Kihnu_vallavalitsus, lk 6
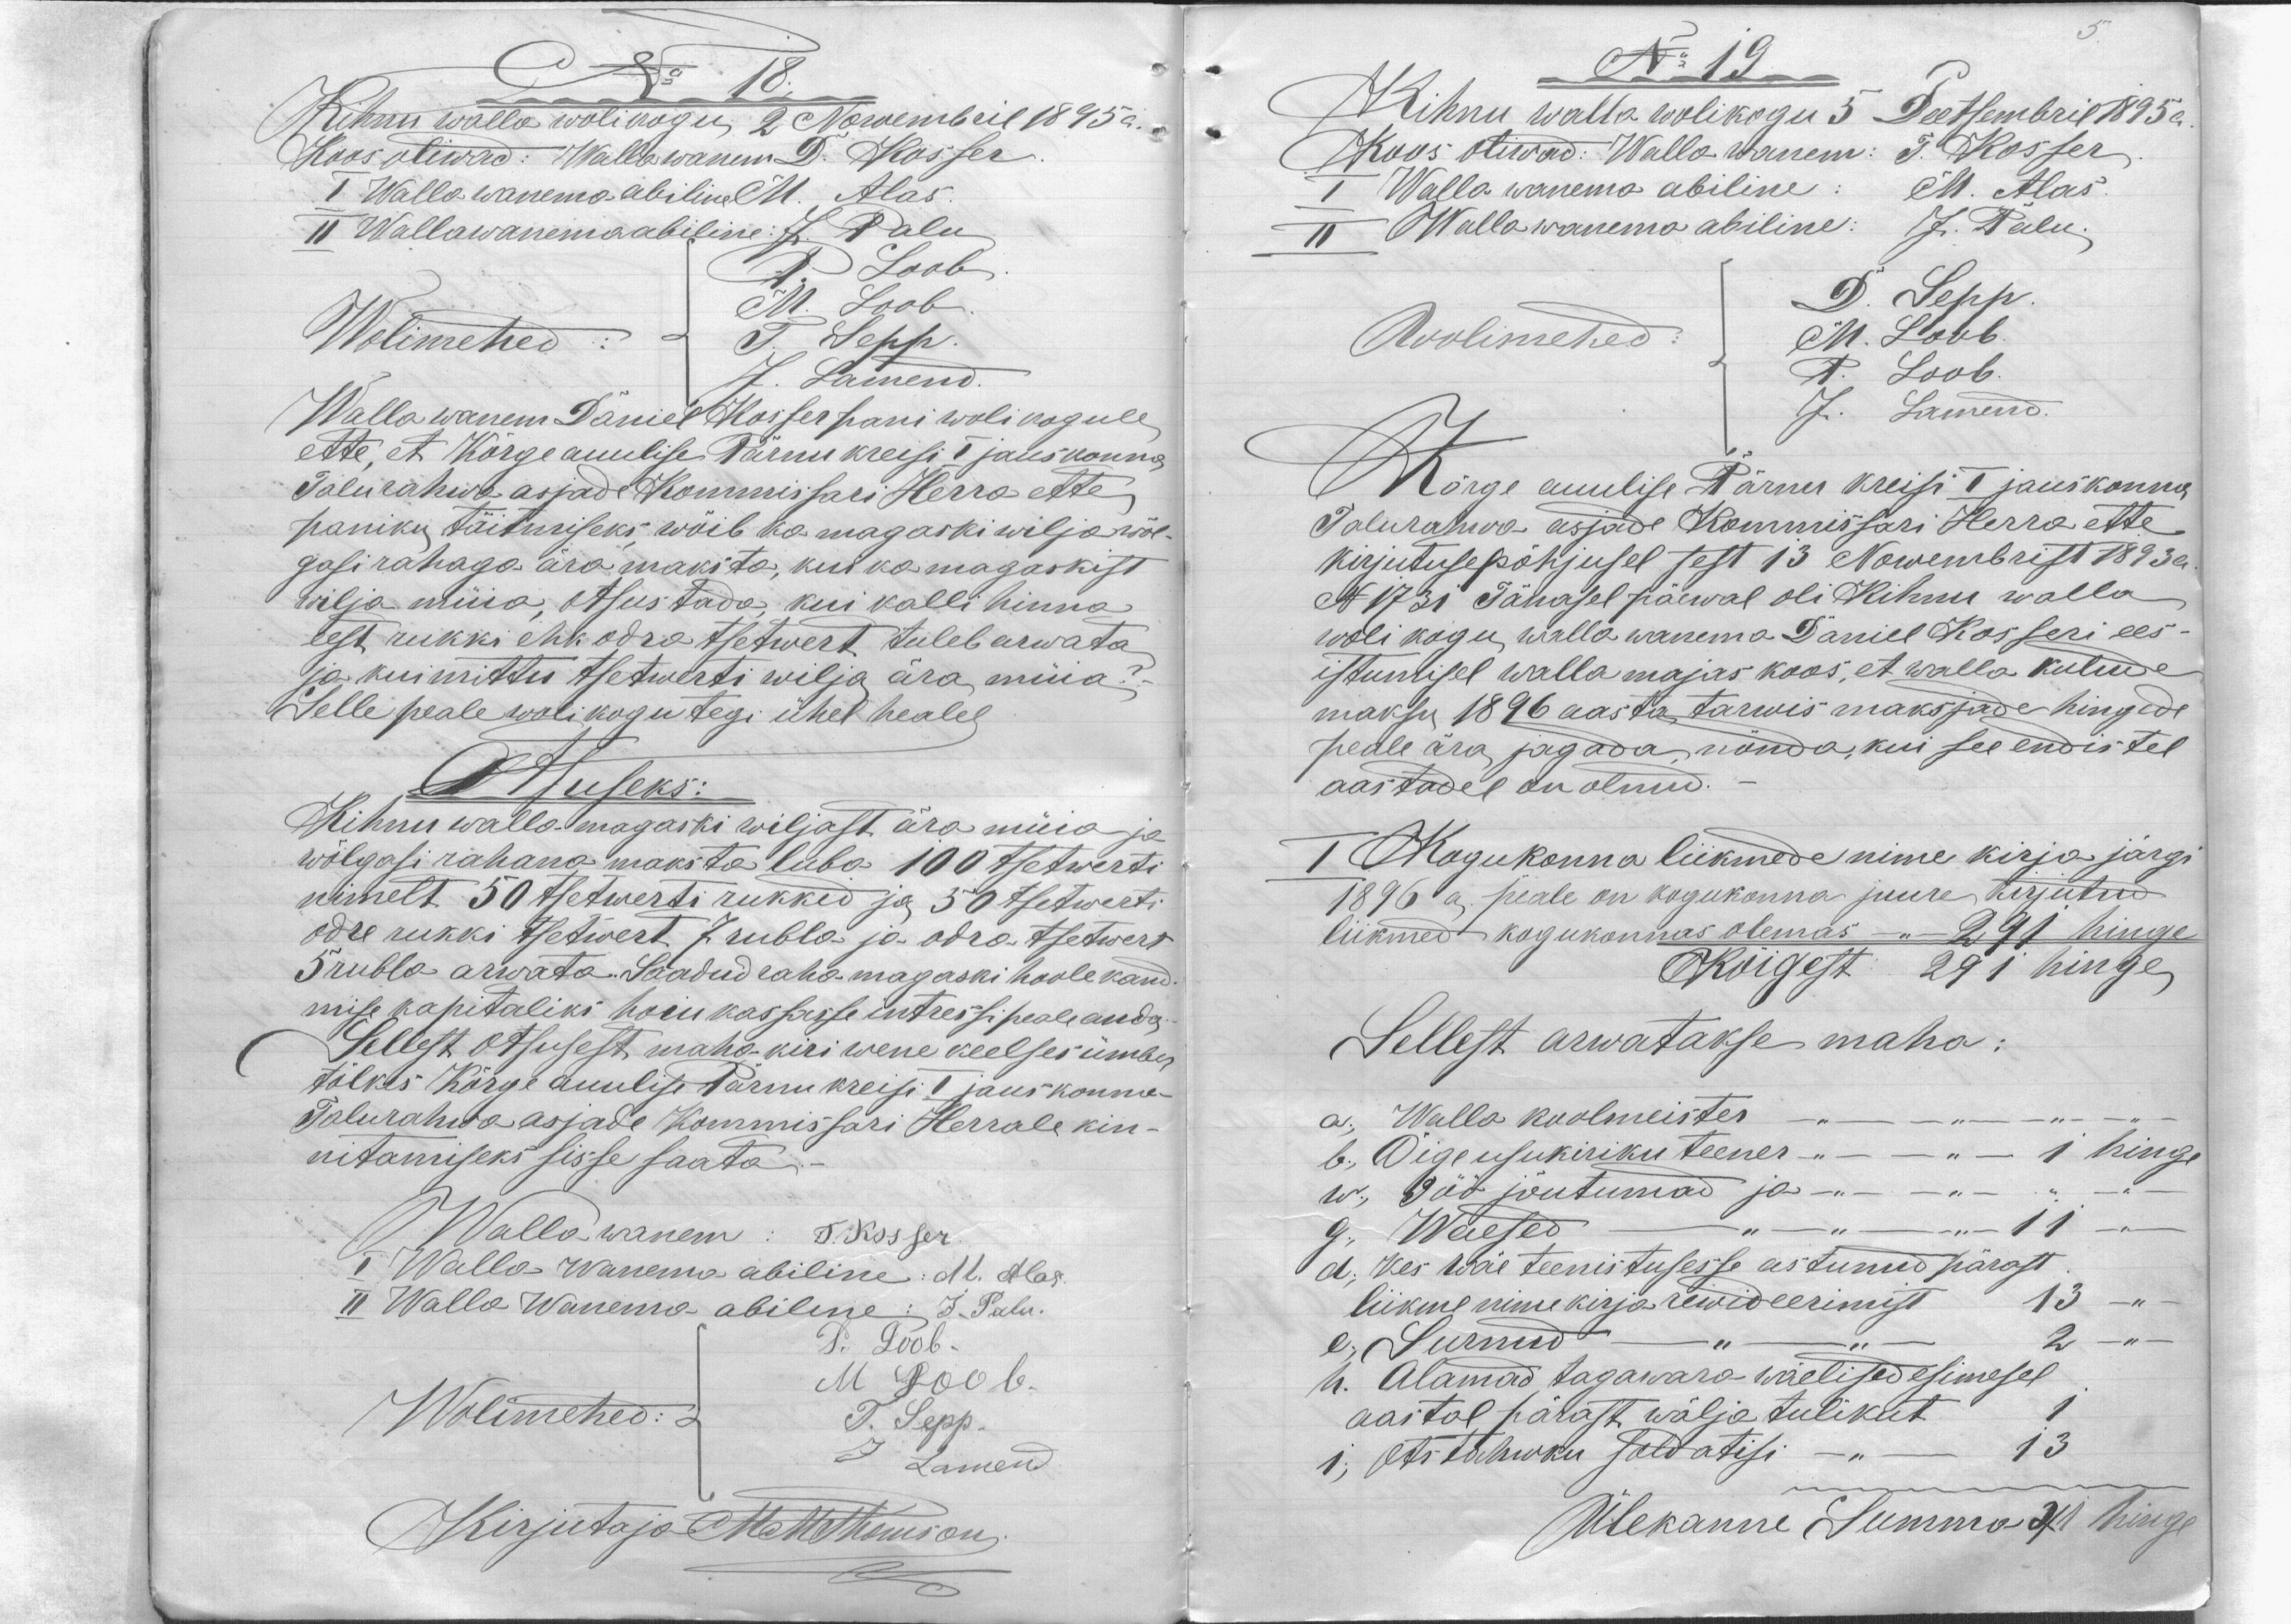
No 18.
Kihnu walla wolikogu 2 Nowembril 1895a.
Koos oliwad: Wallawanem D. Kosser
I Walla wanema abiline M. Alas.
II Wallawanema abiline: J. Palu
Wolimehed
P. Loob
M. Loob
T. Sepp.
J. Lamend
Wallawanem Daniel Kosser pani wolikogule
ette, et Kõrge auulise Pärnu kreisi 1 jauskonna
Talurahwa asjade Kommisari Herra ette
paniku täitmiseks wõib ka magaski wilja wõl-
gasi rahaga ära maksta, kui ka magaskist
wilja müia, otsustada, kui kalli hinna
eest rukki ehk odra tsetwert tuleb arwata
ja kui mittu tsetwerti wilja ära müia?-
Selle peale wolikogu tegi ühel healel
Otsuseks:
Kihnu walla magaski wiljast ära müia ja
wõlgasi rahana maksta luba 100 tsetwerti
nimelt 50 tsetwerti rukkid ja 50 tsetwerti
odre rukki tsetwert 7 rubla ja odra tsetwert
5 rubla arwata. Saadud raha magaski hoole kand-
mise kapitaliks hoiu kassasse intressi peale anda.
Sellest otsusest maha kiri wene keelses ümber
tõlkes Kõrge auulise Pärnu kreisi 1 jauskonna
Talurahwa asjade Kommissari Herrale kin-
nitamiseks sisse saata.
Walla wanem: T. Kosser.
I Walla Wanema abiline: M. Alas.
II Walla Wanema abiline: J. Palu.
Wolimehed:
P. Loob.
M Loob
T. Sepp
J. Lamend
Kirjutaja M Thomson

No 19.
Kihnu walla wolikogu 5 Deetsembril 1895 a.
Koos oliwad: Walla wanem: T. Kosser
I Walla wanema abiline: M. Alas.
II Walla wanema abiline: J. Palu.
Wolimehed:
D. Sepp.
M. Loob.
P. Loob.
J. Lamend.
Kõrge auulise Pärnu kreisi I jauskonna
Talurahwa asjade Kommissari Herra ette
kirjutusepõhjusel sest 13 Nowembrist 1893a.
N 1731 Tänasel päewal oli Kihnu walla
woli kogu walla wanema Daniel Kosseri ees-
istumisel walla majas koos, et walla kulude
maksu 1896 aasta tarwis maksjade hingede
peale ära jagada nõnda, kui see endistel
aastadel on olnud.
I Kogukonna liikmede nime kirja järgi
1896 a. peale on kogukonna juure kirjutud
liikmed kogukonnas olemas 291 hinge
Kõigest 291 hinge
Sellest arwatakse maha:
a., Walla koolmeister
b., Õigeusukiriku teener 1 hinge
w., Jäo jõutumad ja
g., Waesed 11
d., Kes wäe teenistusesse astunud pärast
liikme nime kirja rewideerimist 13 -"-
e., Surnud 2
h. Alamad tagawara wäelised esimesel
aastal pärast wälja tulikut 1
i., Ots Tahwku soldatisi 13
Ülekanne Summa 41 hinge